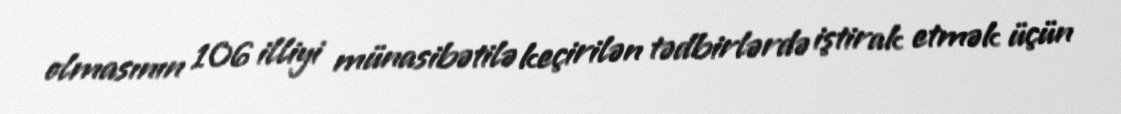
olmasının 106 illiyi münasibətilə keçirilən tədbirlərdə iştirak etmək üçün